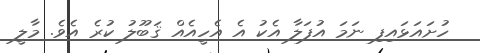
ހުށައަޅައިފި ނަމަ އުފަލާ އެކު އެ އެހީއެއް ޤަބޫލު ކުރެ އެވެ. މާލީ